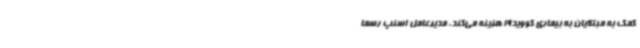
کمک به مبتلایان به بیماری کووید19 هزینه می‌کند. مدیرعامل اسنپ رسما